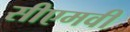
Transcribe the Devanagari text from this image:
सीएमवी